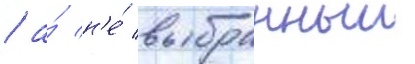
/ а́ н'е́ выбранныи